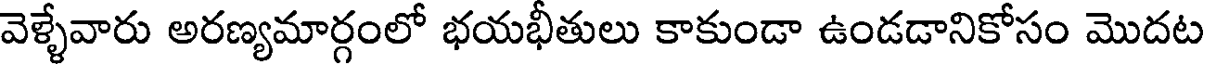
వెళ్ళేవారు అరణ్యమార్గంలో భయభీతులు కాకుండా ఉండడానికోసం మొదట